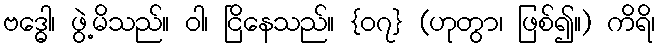
ဗဒ္ဓေါ၊ ဖွဲ့မိသည်။ ဝါ၊ ငြိနေသည်။ {၀၇} (ဟုတွာ၊ ဖြစ်၍။) ကိရိ၊